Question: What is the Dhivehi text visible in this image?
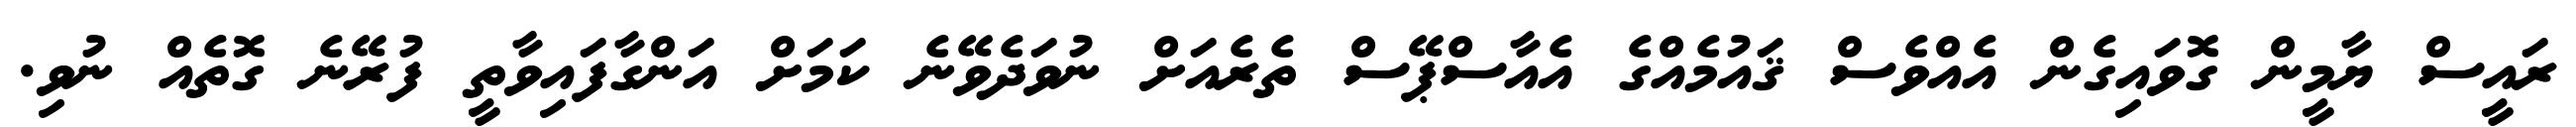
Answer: ރައީސް ޔާމީން ގޮވައިގެން އެއްވެސް ޤައުމެއްގެ އެއާސްޕޭސް ތެރެއަށް ނުވަދެވޭނެ ކަމަށް އަންގާފައިވާތީ ފުރޭނެ ގޮތެއް ނުވި.